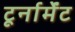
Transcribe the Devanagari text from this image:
टूर्नार्मेंट